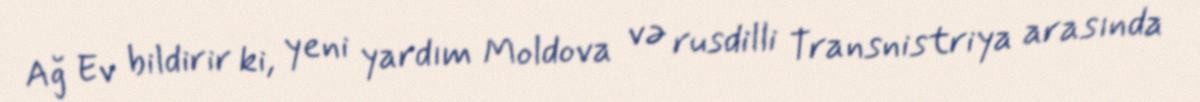
Ağ Ev bildirir ki, yeni yardım Moldova və rusdilli Transnistriya arasında